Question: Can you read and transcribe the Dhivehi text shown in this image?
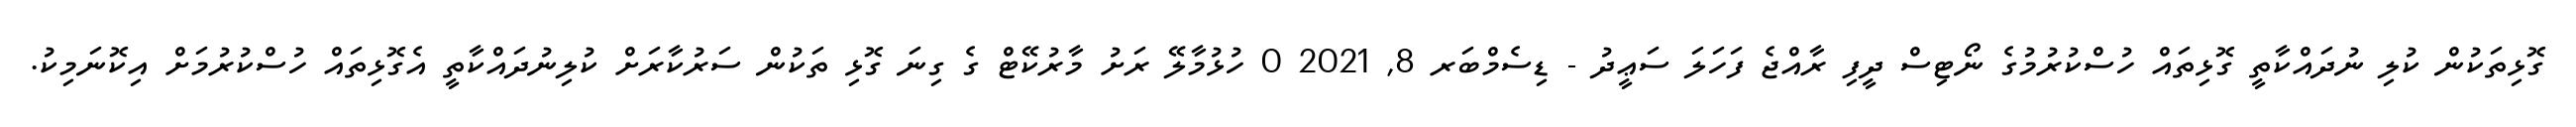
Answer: ގޮޅިތަކުން ކުލި ނުދައްކާތީ ގޮޅިތައް ހުސްކުރުމުގެ ނޯޓިސް ދީފި ރާއްޖެ ފަހަލަ ސަޢީދު - ޑިސެމްބަރ 8, 2021 0 ހުޅުމާލޭ ރަށު މާރުކޭޓް ގެ ގިނަ ގޮޅި ތަކުން ސަރުކާރަށް ކުލިނުދައްކާތީ އެގޮޅިތައް ހުސްކުރުމަށް އިކޮނަމިކު.